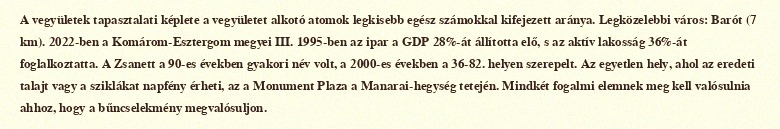
A vegyületek tapasztalati képlete a vegyületet alkotó atomok legkisebb egész számokkal kifejezett aránya. Legközelebbi város: Barót (7 km). 2022-ben a Komárom-Esztergom megyei III. 1995-ben az ipar a GDP 28%-át állította elő, s az aktív lakosság 36%-át foglalkoztatta. A Zsanett a 90-es években gyakori név volt, a 2000-es években a 36-82. helyen szerepelt. Az egyetlen hely, ahol az eredeti talajt vagy a sziklákat napfény érheti, az a Monument Plaza a Manarai-hegység tetején. Mindkét fogalmi elemnek meg kell valósulnia ahhoz, hogy a bűncselekmény megvalósuljon.